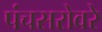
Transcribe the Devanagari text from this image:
पंचसरोवरे